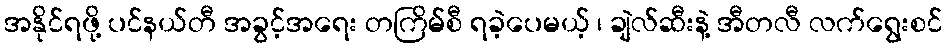
အနိုင်ရဖို့ ပင်နယ်တီ အခွင့်အရေး တကြိမ်စီ ရခဲ့ပေမယ့် ၊ ချဲလ်ဆီးနဲ့ အီတလီ လက်ရွေးစင်